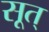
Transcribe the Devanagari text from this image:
सूत्